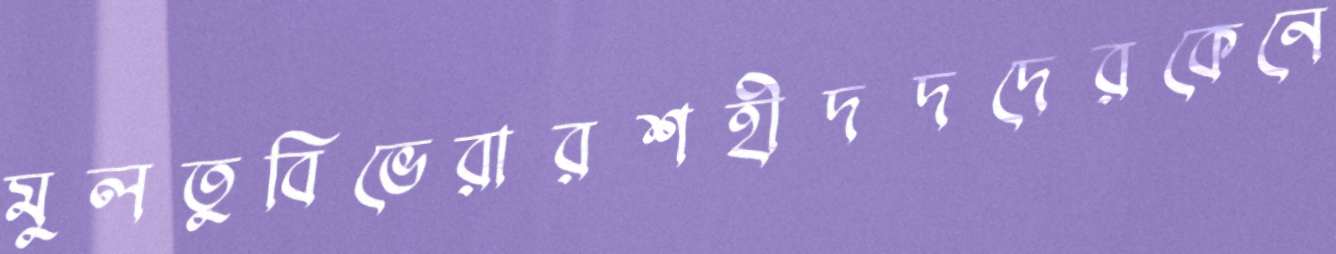
মুলতুবিভেরারশহীদদদেরকেনে